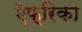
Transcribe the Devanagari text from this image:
ऍफ़्रिका